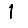
Digit: 1